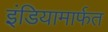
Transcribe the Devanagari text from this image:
इंडियामार्फत